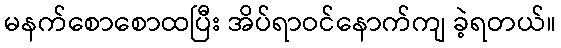
မနက်စောစောထပြီး အိပ်ရာဝင်နောက်ကျ ခဲ့ရတယ်။